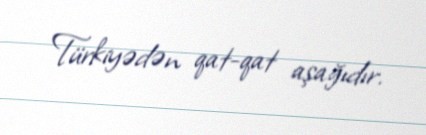
Türkiyədən qat-qat aşağıdır.